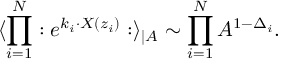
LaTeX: \langle \prod _ { i = 1 } ^ { N } : e ^ { k _ { i } \cdot X ( z _ { i } ) } : \rangle _ { \mid A } \sim \prod _ { i = 1 } ^ { N } A ^ { 1 - \Delta _ { i } } .